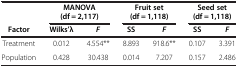
|  | <COLSPAN=2> MANOVA (df = 2,117) | <COLSPAN=2> Fruit set (df = 1,118) | <COLSPAN=2> Seed set (df = 1,118) |
 | Factor | Wilks’λ | F | SS | F | SS | F |
 | --- | --- | --- | --- | --- | --- | --- |
 | Treatment | 0.012 | 4.554** | 8.893 | 918.6** | 0.107 | 3.391 |
 | Population | 0.428 | 30.438 | 0.014 | 7.207 | 0.157 | 2.486 |